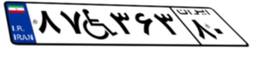
۸۷W۳۶۳۸۰